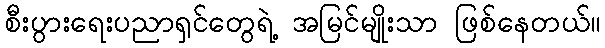
စီးပွားရေးပညာရှင်တွေရဲ့ အမြင်မျိုးသာ ဖြစ်နေတယ်။